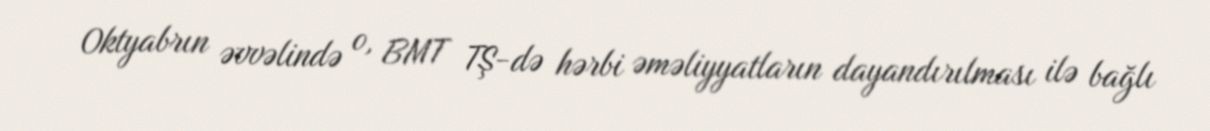
Oktyabrın əvvəlində o, BMT TŞ-də hərbi əməliyyatların dayandırılması ilə bağlı